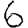
Digit: 6